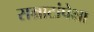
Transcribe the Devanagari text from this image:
सम्राटांपेक्षा